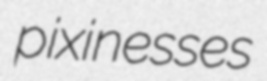
pixinesses